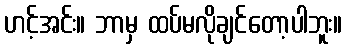
ဟင့်အင်း။ ဘာမှ ထပ်မလိုချင်တော့ပါဘူး။